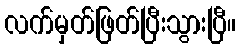
လက်မှတ်ဖြတ်ပြီးသွားပြီ။